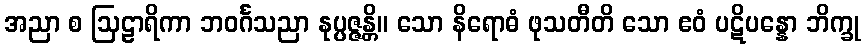
အညာ စ ဩဠာရိကာ ဘဝင်္ဂသညာ နုပ္ပဇ္ဇန္တိ။ သော နိရောဓံ ဖုသတီတိ သော ဧဝံ ပဋိပန္နော ဘိက္ခု